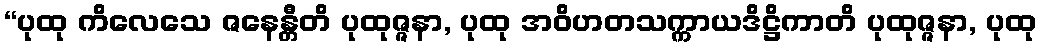
“ပုထု ကိလေသေ ဇနေန္တီတိ ပုထုဇ္ဇနာ, ပုထု အဝိဟတသက္ကာယဒိဋ္ဌိကာတိ ပုထုဇ္ဇနာ, ပုထု